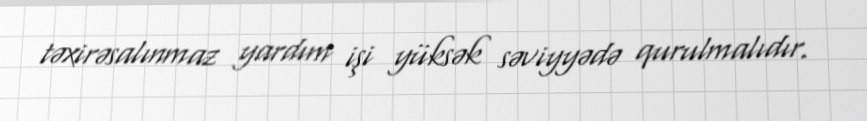
təxirəsalınmaz yardım işi yüksək səviyyədə qurulmalıdır.